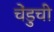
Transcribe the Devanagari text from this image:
चेंडुची